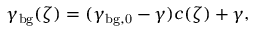
\gamma _ { \mathrm { b g } } ( \zeta ) = ( \gamma _ { \mathrm { b g , 0 } } - \gamma ) c ( \zeta ) + \gamma ,